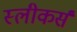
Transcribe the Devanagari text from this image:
स्लीकर्स